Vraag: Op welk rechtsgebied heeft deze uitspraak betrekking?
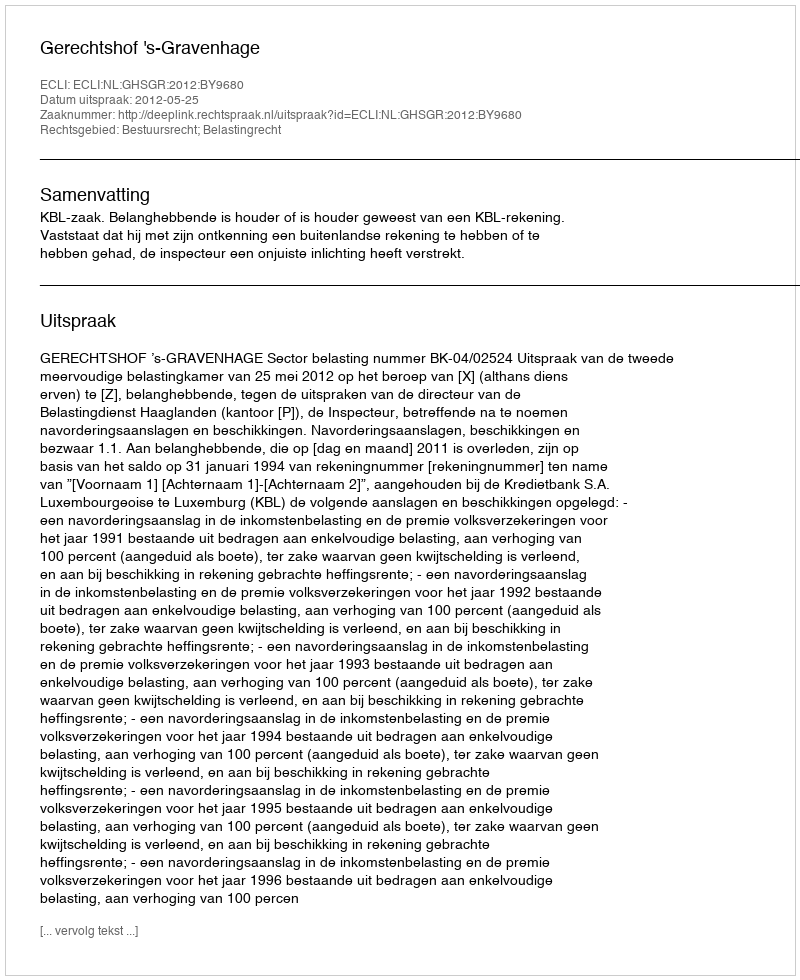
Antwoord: Bestuursrecht; Belastingrecht